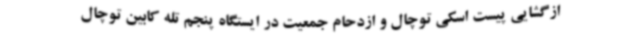
ازگشایی پیست اسکی توچال و ازدحام جمعیت در ایستگاه پنجم تله کابین توچال